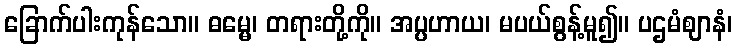
ခြောက်ပါးကုန်သော။ ဓမ္မေ၊ တရားတို့ကို။ အပ္ပဟာယ၊ မပယ်စွန့်မူ၍။ ပဌမံဈာနံ၊